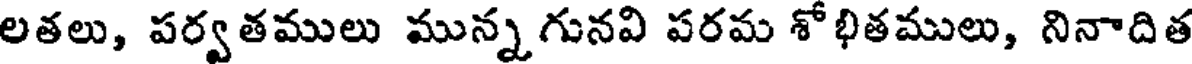
లతలు, పర్వతములు మున్నగునవి పరమ శోభితములు, నినాదిత